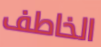
الخاطف